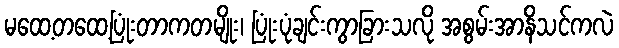
မထေ့တထေ့ပြုံးတာကတမျိုး၊ ပြုံးပုံချင်းကွာခြားသလို အစွမ်းအာနိသင်ကလဲ